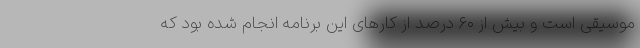
موسیقی است و بیش از ۶۰ درصد از کارهای این برنامه انجام شده بود که